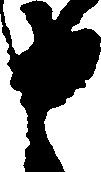
申